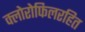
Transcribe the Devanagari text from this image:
क्लोरोफिलरहित